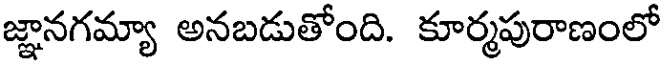
జ్ఞానగమ్యా అనబడుతోంది. కూర్మపురాణంలో